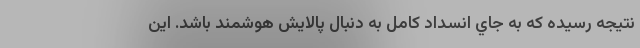
نتيجه رسيده كه به جاي انسداد كامل به دنبال پالايش هوشمند باشد. اين